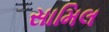
સામિલ